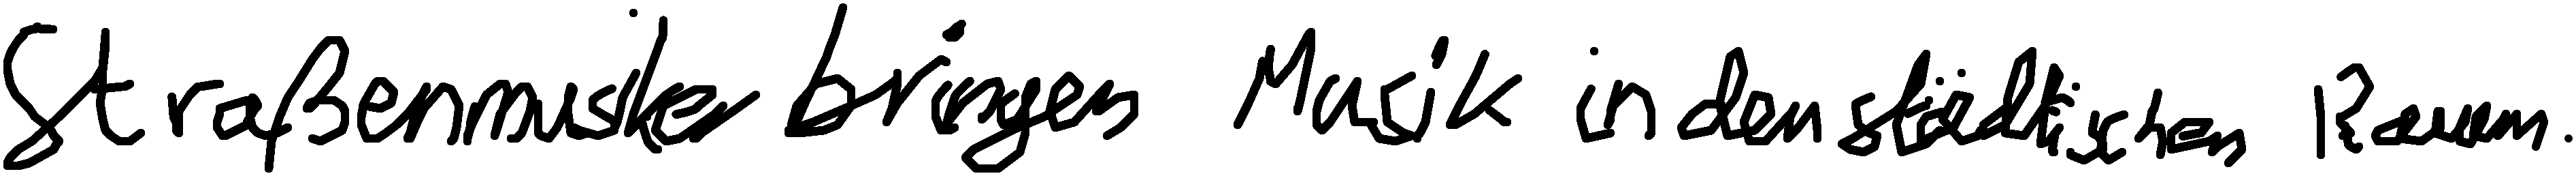
Straßenmusiker bringen Musik in den städtischen Raum.